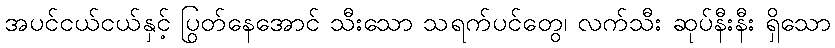
အပင်ငယ်ငယ်နှင့် ပြွတ်နေအောင် သီးသော သရက်ပင်တွေ၊ လက်သီး ဆုပ်နီးနီး ရှိသော